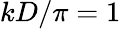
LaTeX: kD/\pi=1